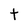
Character: t